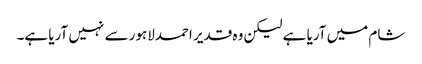
شام میں آریا ہے لیکن وہ قدیر احمدلاہور سے نہیں آریا ہے۔